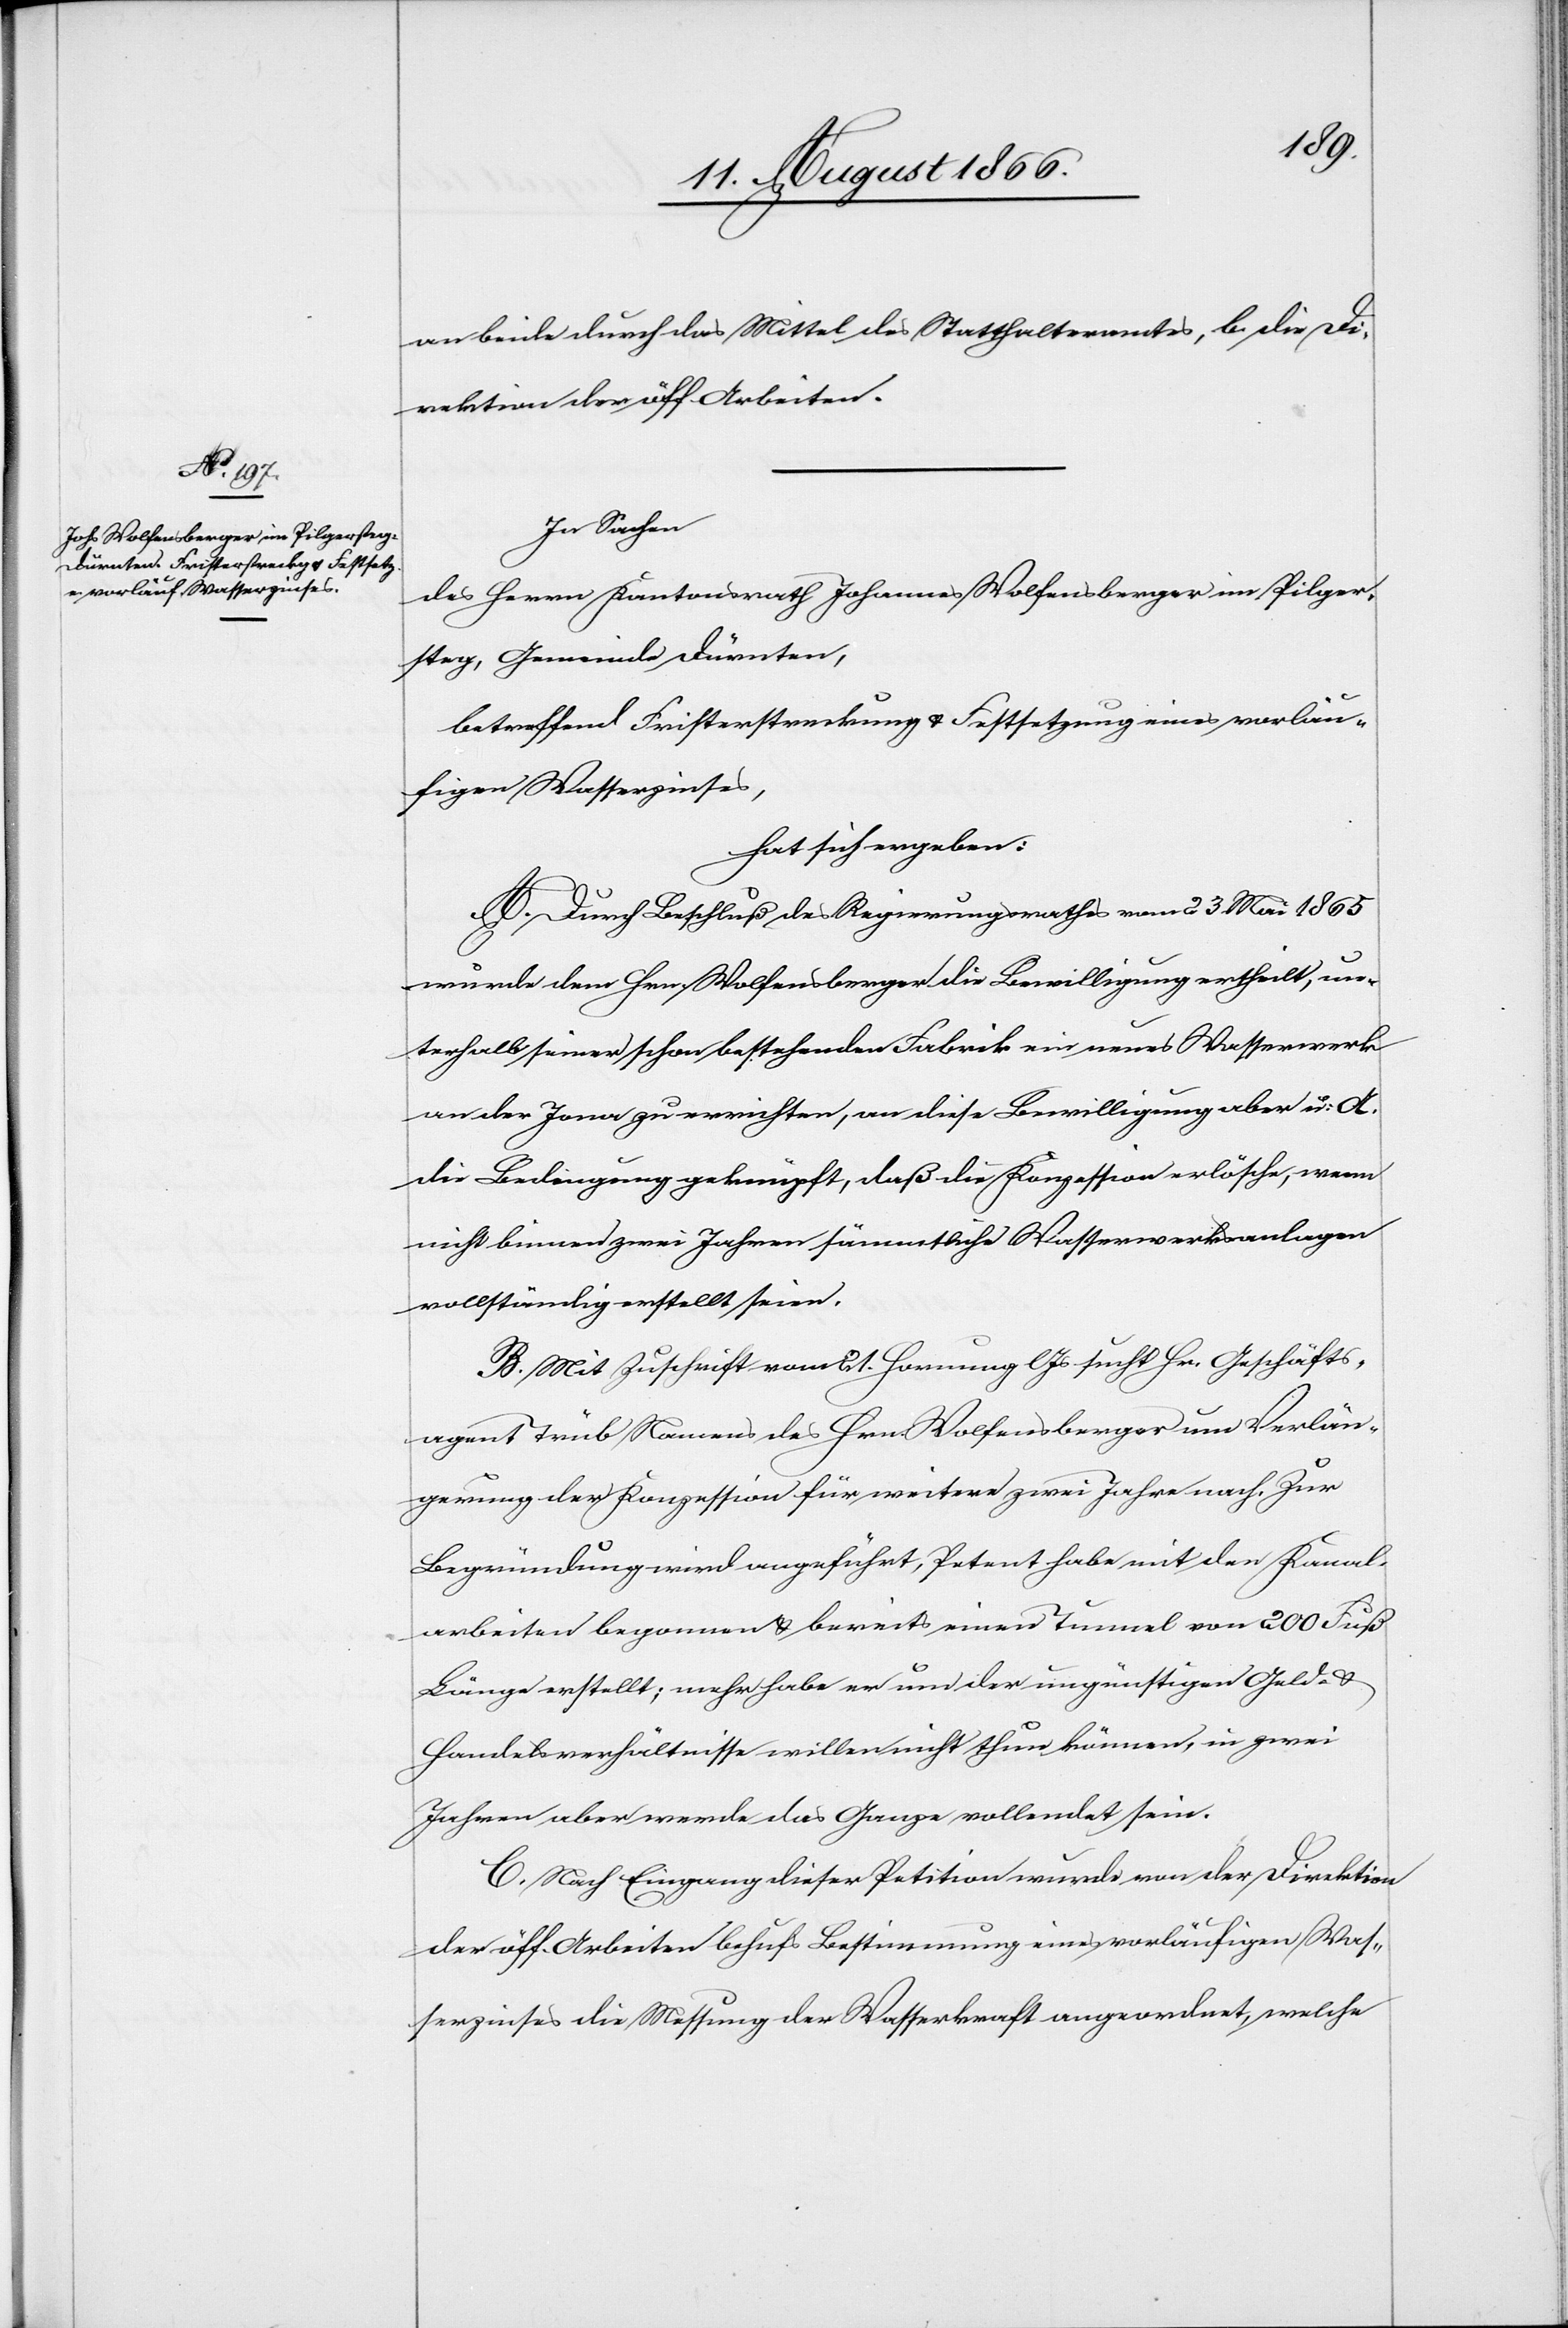
an beide durch das Mittel des Statthalteramtes, b. die Di¬
rektion der öff. Arbeiten.
In Sachen
des Herrn Kantonsrath Johannes Wolfensberger im Pilger¬
steg, Gemeinde Dürnten,
betreffend Fristerstreckung u. Festsetzung eines vorläu¬
figen Wasserzinses,
hat sich ergeben:
A. Durch Beschluß des Regierungsrathes vom 23. Mai 1865
wurde dem Hrn Wolfensberger die Bewilligung ertheilt, un¬
terhalb seiner schon bestehenden Fabrik ein neues Wasserwerk
an der Jona zu errichten, an diese Bewilligung aber u: A.
die Bedingung geknüpft, daß die Konzession erlösche, wenn
nicht binnen zwei Jahren sämmtliche Wasserwerksanlagen
vollständig erstellt seien.
B. Mit Zuschrift vom 21. Hornung lJs sucht Hr. Geschäfts¬
agent Trüb Namens des Hrn. Wolfensberger um Verlän¬
gerung der Konzession für weitere zwei Jahre nach. Zur
Begründung wird angeführt, Petent habe mit den Kanal¬
arbeiten begonnen u. bereits einen Tunnel von 200 Fuß
Länge erstellt; mehr habe er um der ungünstigen Geld- u.
Handelsverhältnisse willen nicht thun können, in zwei
Jahren aber werde das Ganze vollendet sein.
C. Nach Eingang dieser Petition wurde von der Direktion
der öff. Arbeiten behufs Bestimmung eines vorläufigen Was¬
serzinses die Messung der Wasserkraft angeordnet, welche